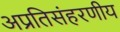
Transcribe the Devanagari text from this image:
अप्रतिसंहरणीय